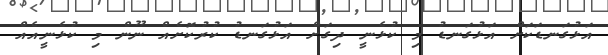
އަޅުގަނޑަކަށް އަޅުގަނޑު މި ކުޅެނީ ދިގަށް އަޅުގަނޑު ކުރުކޮށެއް ނޫން މި ކުޅެނީއެއް